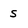
Character: s